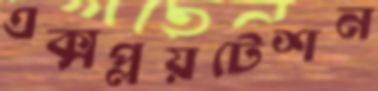
এক্সপ্লয়টেশন